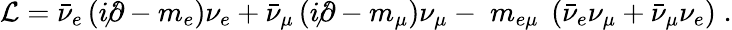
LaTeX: {\cal L}={\bar{\nu}}_{e}\left(i\not\partial-m_{e}\right)\nu_{e}+{\bar{\nu}}_{\mu}\left(i\not\partial-m_{\mu}\right)\nu_{\mu}-\; m_{e\mu}\; \left({\bar{\nu}}_{e}\nu_{\mu}+{\bar{\nu}}_{\mu}\nu_{e}\right)\; .